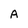
Character: A